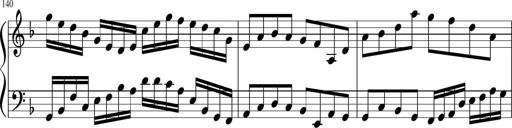
Title: Sonatina in F major
Composer: Ethan Ngo
Key: F major